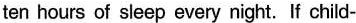
ten hours of sleep every night. If child-